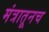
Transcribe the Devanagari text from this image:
मंत्रातूनच